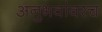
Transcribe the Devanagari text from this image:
अनुभवांवरच